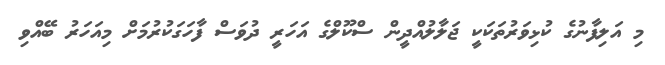
މި އަލިފާނުގެ ކުޅިވަރުތަކަކީ ޖަލާލުއްދީން ސްކޫލްގެ އަހަރީ ދުވަސް ފާހަގަކުރުމަށް މިއަހަރު ބޭއްވި